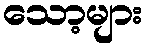
သော့များ